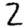
Digit: 2